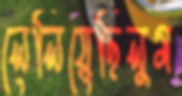
লেলিয়েছিলুম